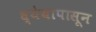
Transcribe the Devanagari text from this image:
ध्येयापासून